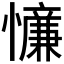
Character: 𪬸